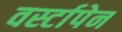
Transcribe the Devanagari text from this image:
वर्स्टापेन